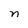
Character: n